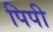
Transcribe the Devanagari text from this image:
पिपी